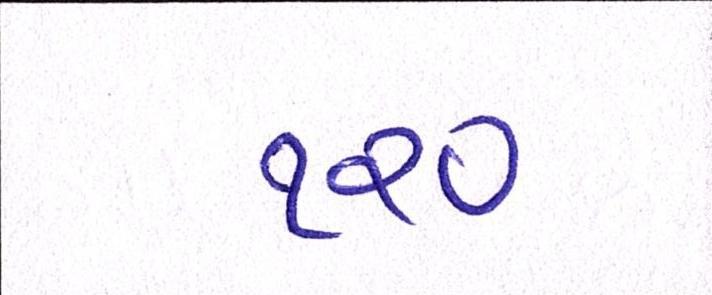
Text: ૧૨૦